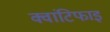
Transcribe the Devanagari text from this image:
क्वांटिफाइ